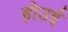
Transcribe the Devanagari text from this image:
होउई